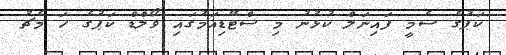
ކަޕުގެ ސެމީ ފައިނަލް ކުޅުނު މި ސްޓޭޑިއަމުގައި ވޯލްޑް ކަޕުގެ ހަ މެޗު